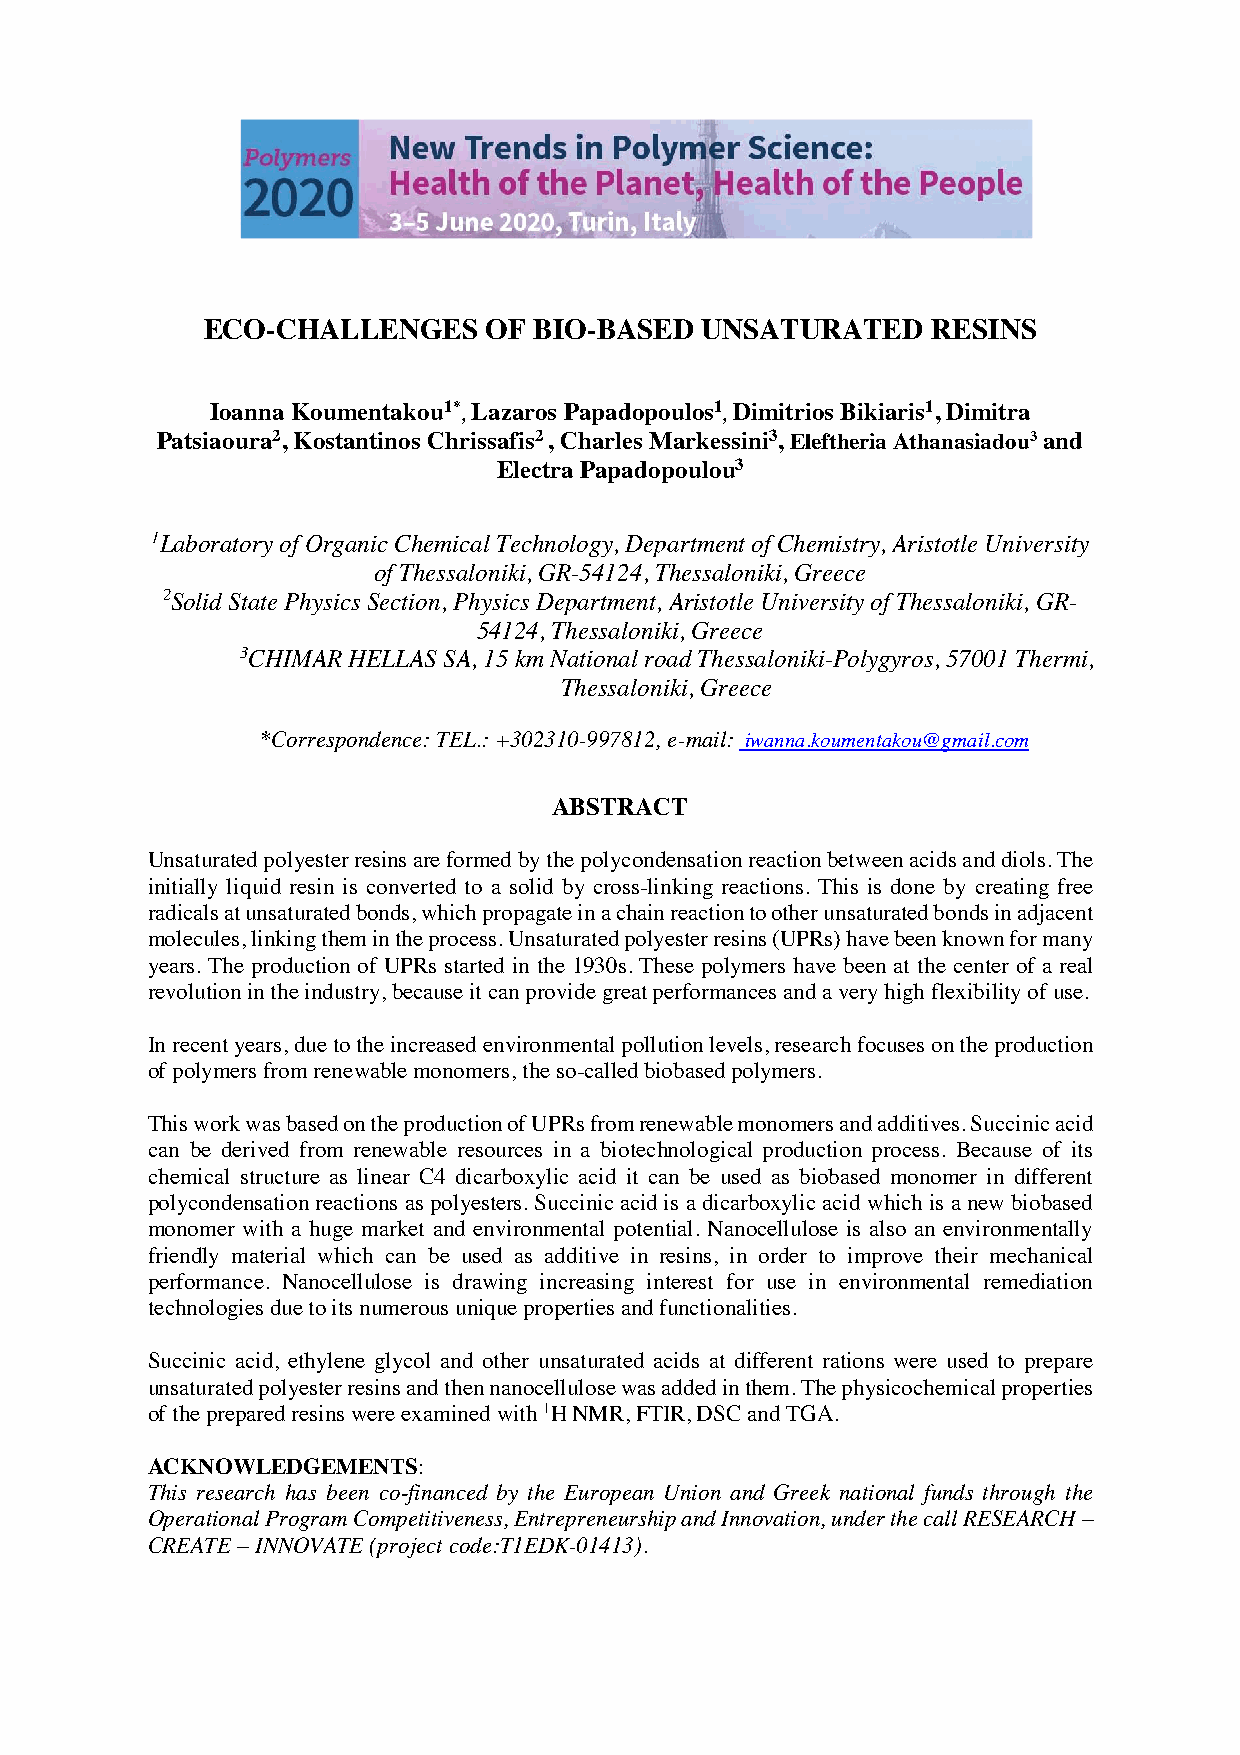
ECO-CHALLENGES     OF BIO-BASED  UNSATURATED     RESINS
 Ioanna Koumentakou1* Lazaros Papadopoulos1 Dimitrios Bikiaris1, Dimitra
 ,                ,
 Patsiaoura2, Kostantinos Chrissafis2 , Charles Markessini3, Eleftheria Athanasiadou3 and
 Electra Papadopoulou3
 1Laboratory of Organic Chemical Technology, Department of Chemistry, Aristotle University
 of Thessaloniki, GR-54124, Thessaloniki, Greece
 2Solid State Physics Section, Physics Department, Aristotle University of Thessaloniki, GR-
 54124, Thessaloniki, Greece
 3CHIMAR HELLAS SA, 15 km National road Thessaloniki-Polygyros, 57001 Thermi,
 Thessaloniki, Greece
 *Correspondence: TEL.: +302310-997812, e-mail: iwanna.koumentakou@gmail.com
 ABSTRACT
 Unsaturated polyester resins are formed by the polycondensation reaction between acids and diols. The
 initially liquid resin is converted to a solid by cross-linking reactions. This is done by creating free
 radicals at unsaturated bonds, which propagate in a chain reaction to other unsaturated bonds in adjacent
 molecules, linking them in the process. Unsaturated polyester resins (UPRs) have been known for many
 years. The production of UPRs started in the 1930s. These polymers have been at the center of a real
 revolution in the industry, because it can provide great performances and a very high flexibility of use.
 In recent years, due to the increased environmental pollution levels, research focuses on the production
 of polymers from renewable monomers, the so-called biobased polymers.
 This work was based on the production of UPRs from renewable monomers and additives. Succinic acid
 can be derived from renewable resources in a biotechnological production process. Because of its
 chemical structure as linear C4 dicarboxylic acid it can be used as biobased monomer in different
 polycondensation reactions as polyesters. Succinic acid is a dicarboxylic acid which is a new biobased
 monomer with a huge market and environmental potential. Nanocellulose is also an environmentally
 friendly material which can be used as additive in resins, in order to improve their mechanical
 performance. Nanocellulose is drawing increasing interest for use in environmental remediation
 technologies due to its numerous unique properties and functionalities.
 Succinic acid, ethylene glycol and other unsaturated acids at different rations were used to prepare
 unsaturated polyester resins and then nanocellulose was added in them. The physicochemical properties
 of the prepared resins were examined with 1H NMR, FTIR, DSC and TGA.
 ACKNOWLEDGEMENTS:
 This research has been co‐financed by the European Union and Greek national funds through the
 Operational Program Competitiveness, Entrepreneurship and Innovation, under the call RESEARCH –
 CREATE – INNOVATE (project code:T1EDK-01413).